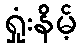
ရှုံးနိမ့်